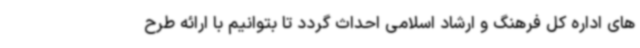
های اداره کل فرهنگ و ارشاد اسلامی احداث گردد تا بتوانیم با ارائه طرح